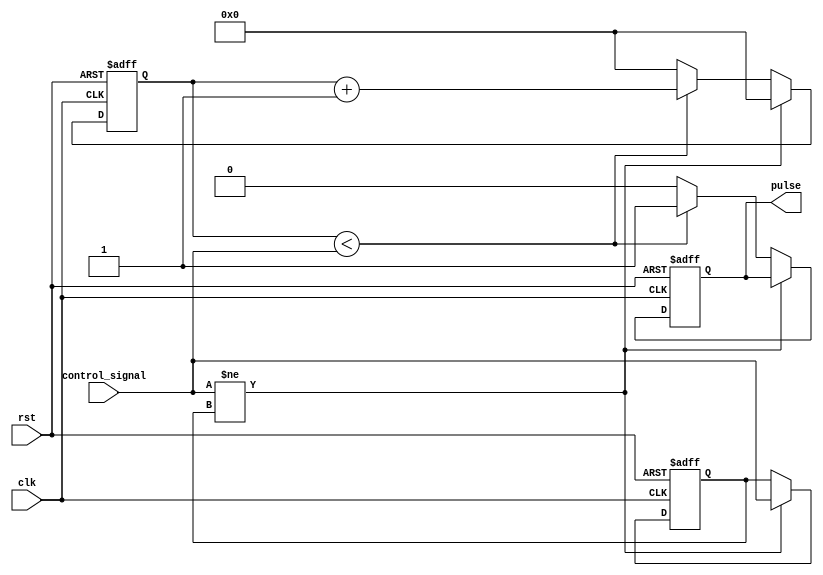
module variable_pulse_width_generator (
    input clk,
    input rst,
    input control_signal,
    output reg pulse
);

reg [31:0] counter;
reg pulse_output;
reg control_sync;

always @(posedge clk or posedge rst) begin
    if (rst) begin
        counter <= 0;
        pulse_output <= 0;
        control_sync <= 0;
    end else begin
        if (control_signal != control_sync) begin
            counter <= 0;
            control_sync <= control_signal;
        end else begin
            if (counter < control_signal) begin
                counter <= counter + 1;
                pulse_output <= 1;
            end else begin
                counter <= 0;
                pulse_output <= 0;
            end
        end
    end
end

assign pulse = pulse_output;

endmodule